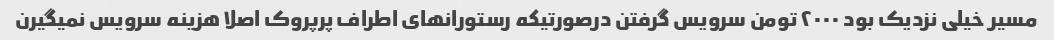
مسیر خیلی نزدیک بود ۲۰۰۰ تومن سرویس گرفتن درصورتیکه رستورانهای اطراف پرپروک اصلا هزینه سرویس نمیگیرن